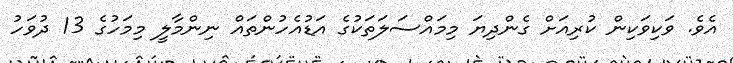
އެވެ. ވަކިވަކިން ކުރިއަށް ގެންދިޔަ މިމައްސަލަތަކުގެ އަޑުއެހުންތައް ނިންމާލީ މިމަހުގެ 13 ދުވަހު